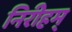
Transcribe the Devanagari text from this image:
निरीहम्